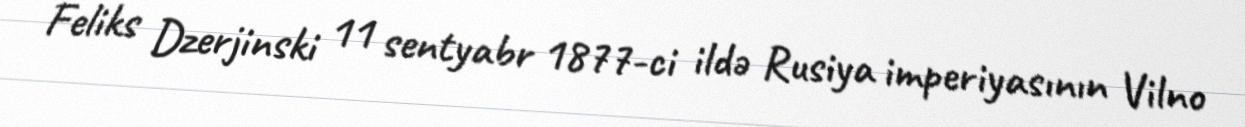
Feliks Dzerjinski 11 sentyabr 1877-ci ildə Rusiya imperiyasının Vilno